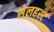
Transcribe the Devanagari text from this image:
सेलहस्ट